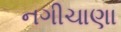
નગીચાણા